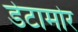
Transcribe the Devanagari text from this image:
डेटामोर